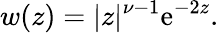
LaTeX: w(z)=|z|^{\nu-1}\mathrm{e}^{-2z}.